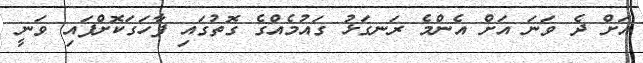
އަށް ދެ ވަނަ އަށް އެންމެ ރަނގަޅު ގައުމެއްގެ ގޮތުގައި ފާހަގަކޮށްފައި ވަނީ